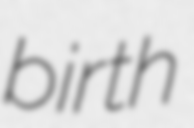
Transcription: birth